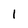
Character: 1